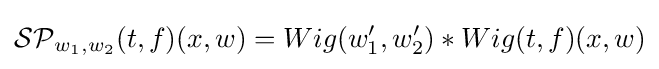
{\mathcal {SP}}_{w_{1},w_{2}}(t,f)(x,w)=Wig(w_{1}',w_{2}')*Wig(t,f)(x,w)